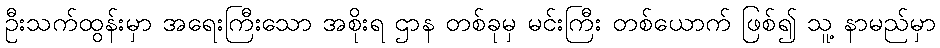
ဦးသက်ထွန်းမှာ အရေးကြီးသော အစိုးရ ဌာန တစ်ခုမှ မင်းကြီး တစ်ယောက် ဖြစ်၍ သူ့ နာမည်မှာ